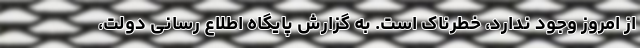
از امروز وجود ندارد، خطرناک است. به گزارش پایگاه اطلاع رسانی دولت،